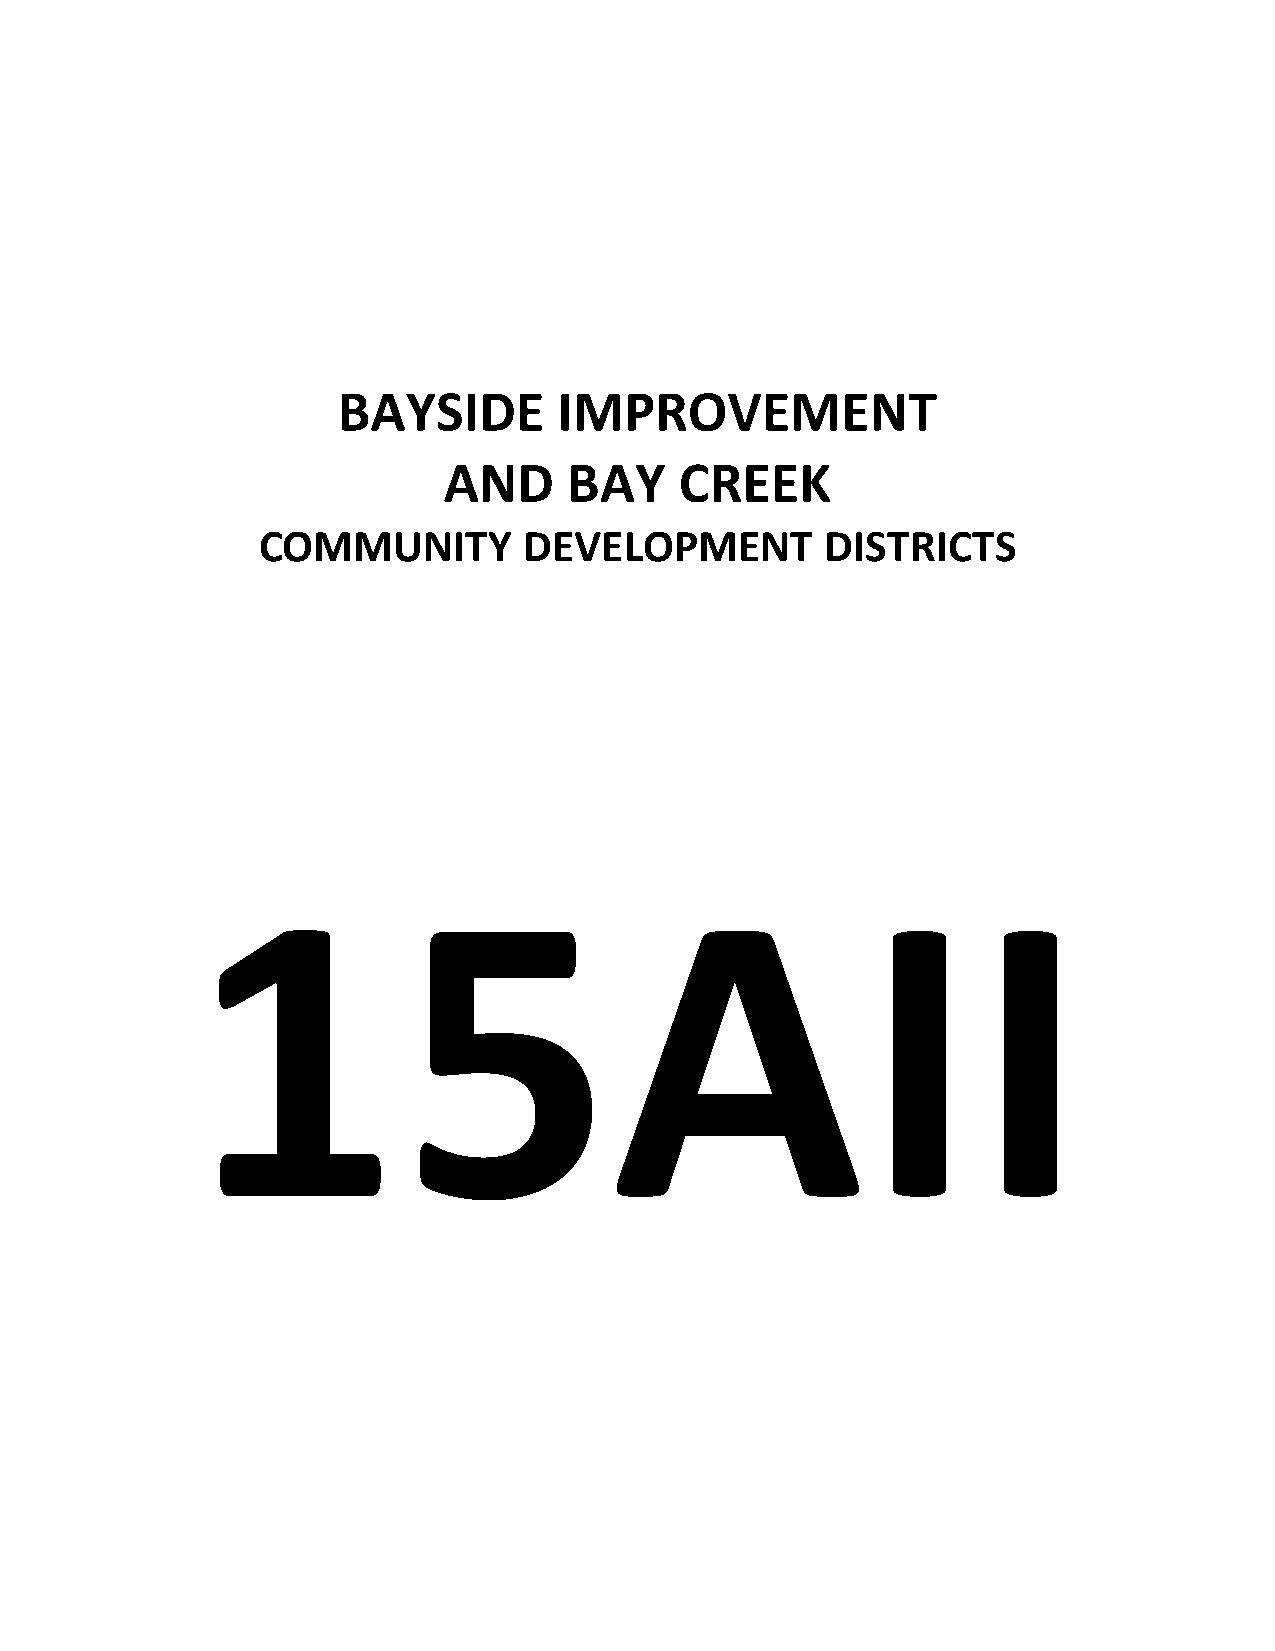
BAYSIDE        IMPROVEMENT
 AND      BAY    CREEK
 COMMUNITY         DEVELOPMENT         DISTRICTS
 15AII